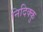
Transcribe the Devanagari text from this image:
निदिक्कु